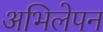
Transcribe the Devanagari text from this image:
अभिलेपन